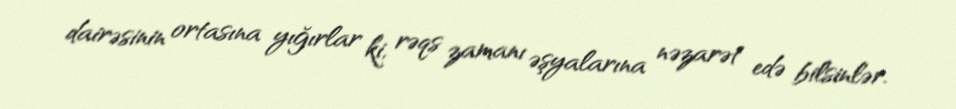
dairəsinin ortasına yığırlar ki, rəqs zamanı əşyalarına nəzarət edə bilsinlər.